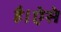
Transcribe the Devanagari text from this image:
है।ऐसे